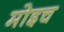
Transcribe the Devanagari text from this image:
मोइच